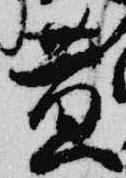
黄